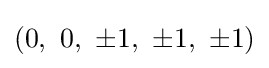
\left(0,\ 0,\ \pm 1,\ \pm 1,\ \pm 1\right)